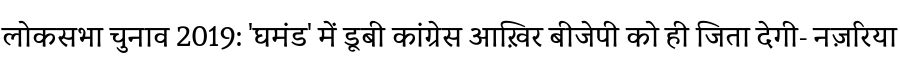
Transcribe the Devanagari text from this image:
लोकसभा चुनाव 2019: 'घमंड' में डूबी कांग्रेस आख़िर बीजेपी को ही जिता देगी- नज़रिया